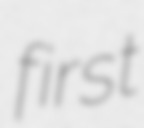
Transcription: first